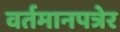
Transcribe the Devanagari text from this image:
वर्तमानपत्रेर